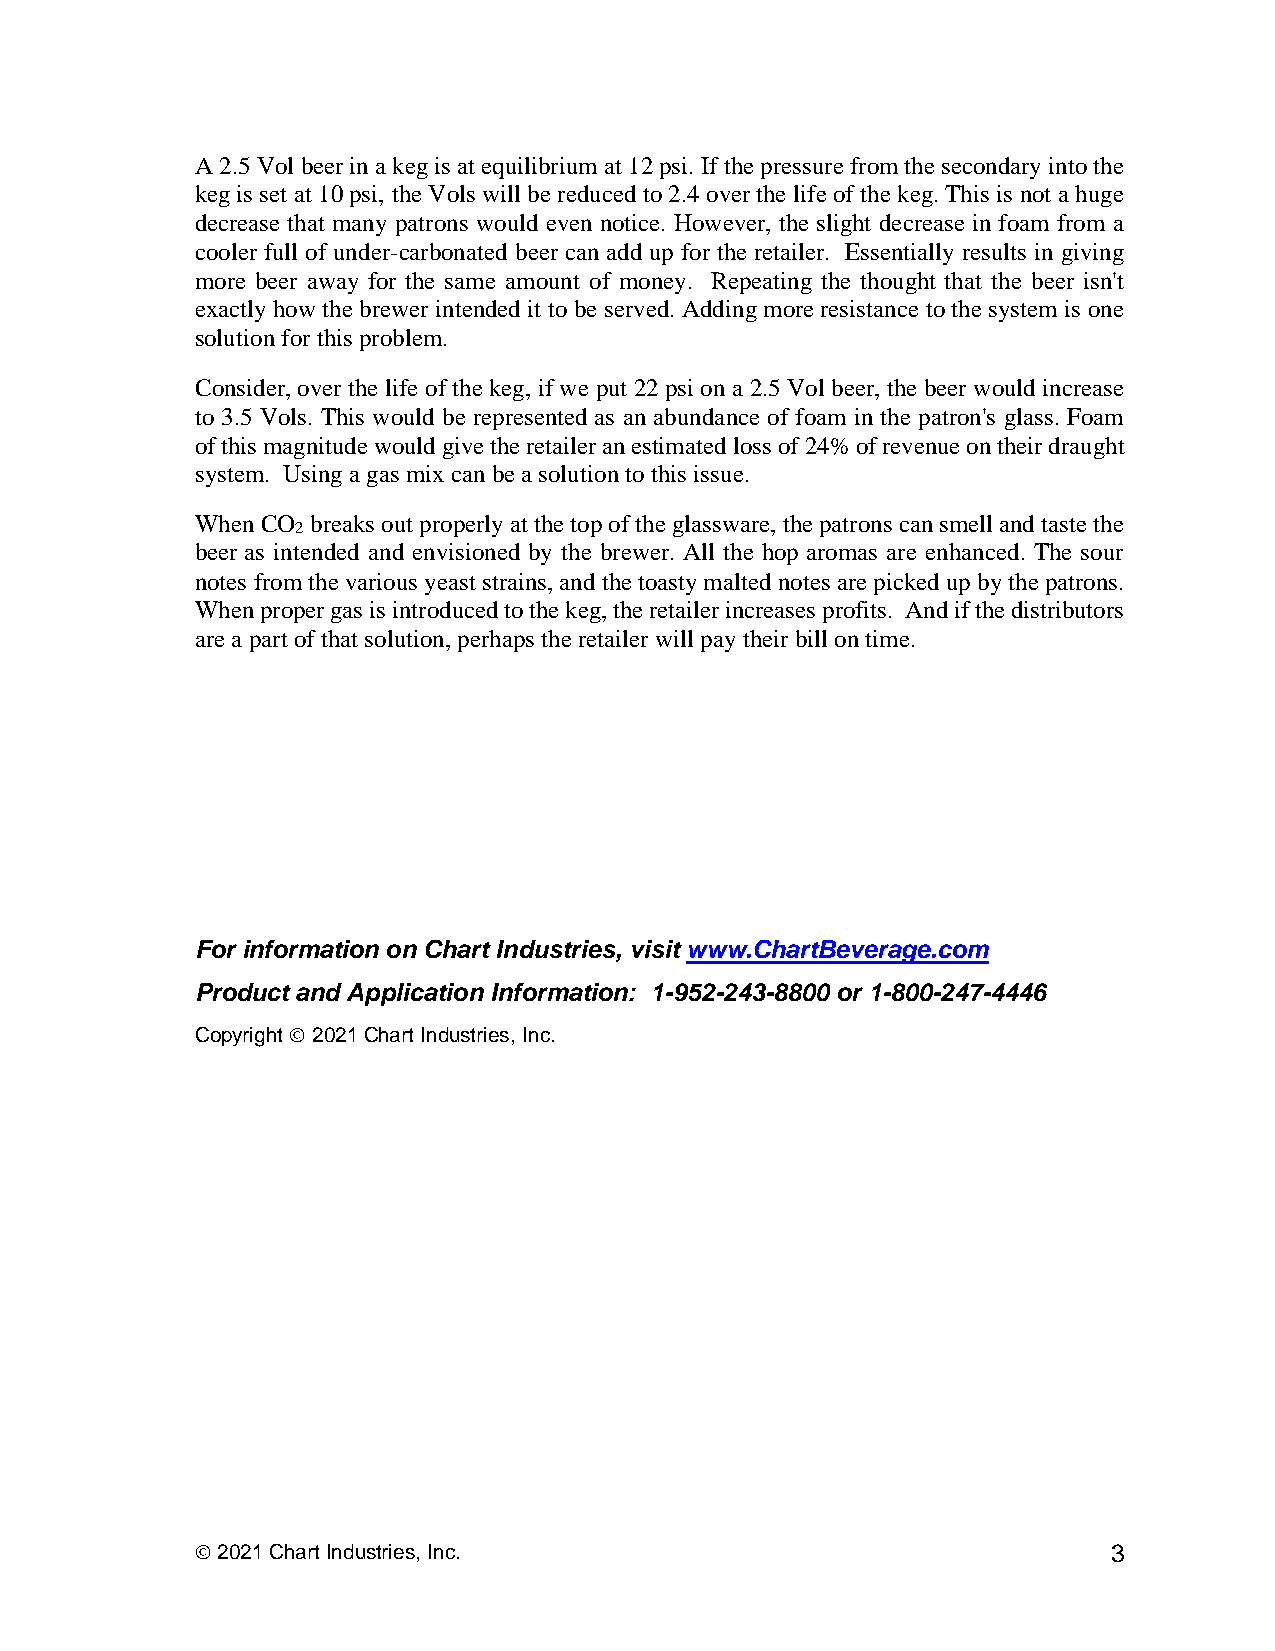
A 2.5 Vol beer in a keg is at equilibrium at 12 psi. If the pressure from the secondary into the
 keg is set at 10 psi, the Vols will be reduced to 2.4 over the life of the keg. This is not a huge
 decrease that many patrons would even notice. However, the slight decrease in foam from a
 cooler full of under-carbonated beer can add up for the retailer. Essentially results in giving
 more beer away for the same amount of money. Repeating the thought that the beer isn't
 exactly how the brewer intended it to be served. Adding more resistance to the system is one
 solution for this problem.
 Consider, over the life of the keg, if we put 22 psi on a 2.5 Vol beer, the beer would increase
 to 3.5 Vols. This would be represented as an abundance of foam in the patron's glass. Foam
 of this magnitude would give the retailer an estimated loss of 24% of revenue on their draught
 system. Using a gas mix can be a solution to this issue.
 When CO breaks out properly at the top of the glassware, the patrons can smell and taste the
 2
 beer as intended and envisioned by the brewer. All the hop aromas are enhanced. The sour
 notes from the various yeast strains, and the toasty malted notes are picked up by the patrons.
 When proper gas is introduced to the keg, the retailer increases profits. And if the distributors
 are a part of that solution, perhaps the retailer will pay their bill on time.
 For information on Chart Industries, visit www.ChartBeverage.com
 Product and Application Information: 1-952-243-8800 or 1-800-247-4446
 Copyright © 2021 Chart Industries, Inc.
 © 2021 Chart Industries, Inc.                                3